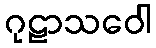
ဂုဠာသဝေါ